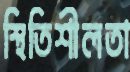
স্থিতিশীলতা